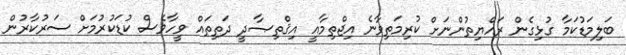
ބަލިމަޑުކަމާ ގުޅިގެން ރައްޔިތުންނަށް ކުރިމަތިވާނެ އިޖްތިމާއީ އިޤްތިޞާދީ ދަތިތައް ވީހާވެސް ކުޑަކުރުމަށް ސަރުކާރުން